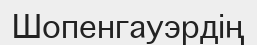
Шопенгауэрдің